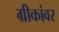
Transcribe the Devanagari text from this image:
ग्रीकांवर